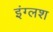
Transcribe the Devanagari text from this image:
इंग्लश